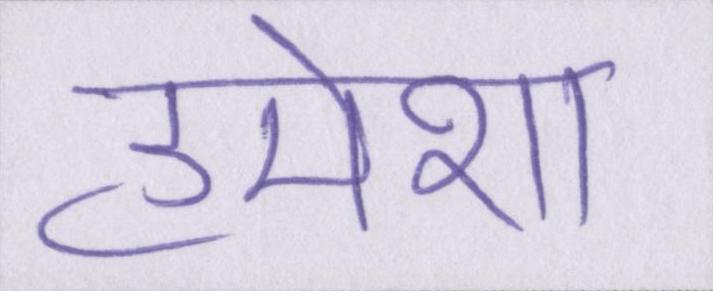
हमेशा